Civil Veterinary Dept. Bombay admin report 1900-1906 - 1900-1906
Year: 1900
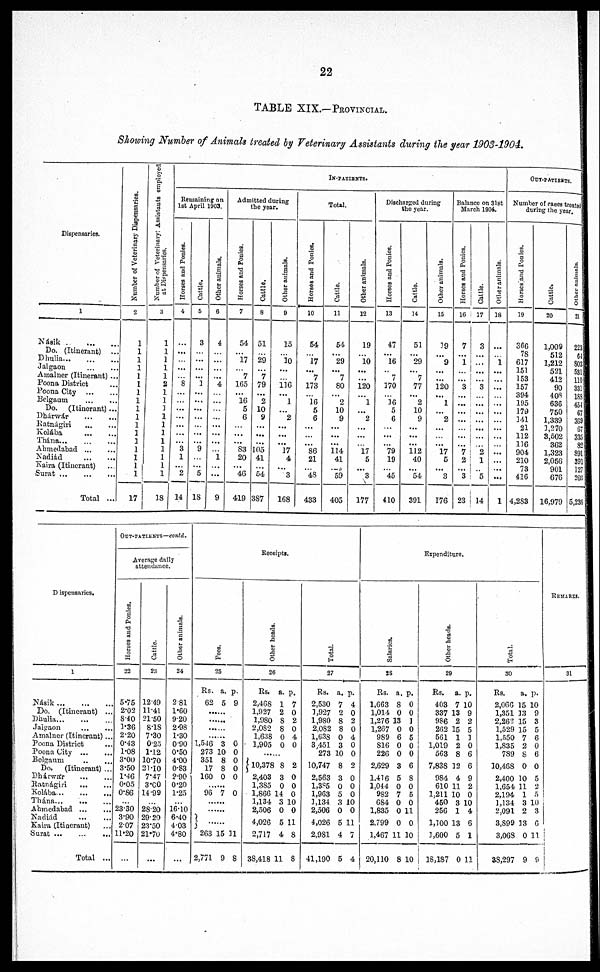
22
TABLE XIX.—PROVINCIAL.
Showing Number of Animals treated by Veterinary Assistants during the year 1908-1904.
Dispensaries.
1
Násik ..
...
...
Do. (Itinerant) ...
Dhulia
...
...
...
Jalgaon
...
...
Amalner (Itinerant) ...
Poona District
Poona City
...
...
Belgaum
...
...
Do.
(Itinerant) ...
Dhárwár
...
...
Ratnágiri
...
...
Kolába
...
...
Thaána
...
...
...
Ahmedabad
...
...
Nadiád
...
...
Kaira (Itinerant) ...
Surat
...
...
...
Total ...
Number of Veterinary Dispensaries.
2
1
1
1
1
1
1
1
1
1
1
1
1
1
1
1
1
1
17
Number of Veterinary Assistants employed
at Dispensaries.
3
1
1
1
1
1
2
1
1
3
1
1
1
1
1
1
1
1
18
IN-PATIENTS.
Remaining on
1st April 1903.
Horses and Ponies.
4
...
...
...
...
... 8
...
...
...
...
...
...
... 3
1
... 2
14
Cattle.
5
3
...
...
...
...
1
...
...
...
...
...
...
... 9
...
... 5
18
Other animals.
6
4
...
...
...
...
4
...
...
...
...
...
...
...
...
1
...
...
9
Admitted during
the year.
Horses and Ponies.
7
54
... 17
... 7
165
...
16
5
6
...
...
... S3
20
...
46
419
Cattle.
8
51
... 29
... 7
79
...
2
10
9
...
...
...
105
41
...
54
3S7
Other animals.
9
15
...
10
...
... 116
...
1
... 2
...
...
...
17
4
... 3
168
Total.
Horses and Ponies.
10
54
...
17
...
7
173
...
16
5
6
...
...
... 86
21
... 48
433
Cattle.
11
54
... 29
...
7
80
...
2
10
9
...
...
...
114
41
...
59
405
Other animals.
12
19
...
10
...
...
120
... 1
...
2
...
...
... 17
5
...
3
177
Discharged during
the year.
Horses and Ponies.
13
47
... 16
... 7
170
...
16
5
6
...
...
...
79
19
... 45
410
Cattle.
14
51
... 29
... 7
77
...
2
10
9
...
...
...
112
40
... 54
391
Other animals.
15
19
...
9
...
...
120
...
1
...
2
...
...
...
17
5
...
3
176
Balance on 31st
March 1904.
Horses and Ponies.
16
7
...
1
...
...
3
... ...
...
...
...
...
...
7
2
...
3
23
Cattle.
17
3
...
...
...
...
3
...
...
...
...
...
...
...
2
1
...
5
14
Other animals.
18
...
...
1
...
...
...
...
...
...
...
...
...
...
...
...
...
...
1
OUT-PATIENTS.
Number of cases treated
during the year.
Horses
and Ponies.
19
366
78
617
151
153
157
394
195
179
141
21
112
116
904
210
73
416
4,2S3
Cattle.
20
1,009
512
1,212
521
412
90
408
636
750
1,339
1,270
3,502
362
1,323
2,056
901
676
16,979
Other animals.
21
223
64
SB
531
110
331
188
454
67
369
67
335
82
891
391
127
203
5,236
Dispensaries.
1
Násik
...
...
...
Do.
(Itinerant) ...
Dhulia
...
...
...
Jalgaon
...
...
Amalner (Itinerant) ...
Poona District
Poona City ...
Belgaum ... ...
Do.
(Itinerant) ...
Dhárwar
...
...
Ratnágiri
...
...
Kolába
...
...
...
Thána
...
...
...
Ahmedabad ... ...
Nadiád
......
Kaira (Itinerant) ...
Surat
...
...
...
Total ...
OUT-PATIENTS—contd.
Average daily
attendance.
Horses and Ponies.
22
5.75
2.02
8.40
1.36
2.20
0.43
1.08
3.00
3.50
1.46
0.05
0.86
23.30
3.90
2.07
11.20
...
Cattle.
23
12.49
11.41
21.50
8.18
7.30
0.25
1.12
1070
21.10
7.47
3.00
14.99
28.20
29.20
23.50
21.70
...
Other animals.
24
2.81
1.60
9.20
2.98
1.30
0.90
0.50
4.00
0.83
2.90
0.20
1.25
16.10
6.40
4.03
4.80
...
Receipts.
Pees.
25
Rs.
62
a.
5
p.
9
........
........
.........
.........
1,546
273
351
17
160
........
96
3
10
8
8
0
7
0
0
0
0
0
0
.....
......
........
263 1
2,771
5
9
31
8
Ot her heads .
26
Rs.
2,468
1,927
1,980
2,082
1,638
1,905
a.
1
2
8
8
0
0
p.
7
0
2
0
4
0
........
10,378
2,403
1,3S5
1,866
1,134
2,506
4,026
2,717
3S,418
8
3
0
14
3
0
5
4
11
2
0
0
0
10
0
11
8
8
Total.
27
Rs.
2,530
1,927
1,980
2,0S2
1,638
3,451
273
10,747
2,563
1,385
1,963
3,134
2,506
4,026
2,981
41,190
a.
7
2
8
8
0
3
10
8
3
0
5
3 1
0
5 1
4
5
p.
4
0
2
0
4
0
0
2
0
0
0
0
0
1
7
4
Expenditure.
Sal ar i
es .
28
Rs.
1,663
1,014
1,276 1
1,267
989
816
226
2,629
1,416
1.044
982
684
1,835
2,799
1,467
20,110
a.
8
0
3
0
6
0
0
3
5
0
7
0
0
0
11
8
p.
0
0
1
0
5
0
0
6
8
0
5
0
11
0
10
10
Ot her heads.
29
Rs.
403
337
986
262
561
1,019
563
7,83S 1
984
610
1,211
450
256
1,100
3,600
18,187
a.
7
13
2
15
1
2
8
2
4
11
10
3
1
13
5
0
p.
10
9
2
5
3
0
6
6
9
2
0
10
4
6
1
11
Tot al .
30
Rs.
2,060
1,351
2,262
1,529
1,550
1,835
789
10,468
2,400
1,654
2,194
1,134
2,091
3,899
3,068
3S,297
a.
15
33
15
15
7
2
8
0
10
11
1
3
2
13
0
9
p.
10
9
3
5
6
0
6
0
5
2
5
10
3
6
11
9
REMARKS.
31
1
|
|